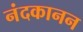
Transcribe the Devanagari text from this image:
नंदकानन